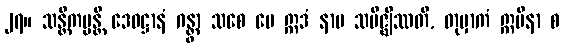
၂၇။ သန္တိကမ္မန္တိ ဒေဝဋ္ဌာနံ ဂန္တွာ သစေ မေ ဣဒံ နာမ သမိဇ္ဈိဿတိ, တုမှာကံ ဣမိနာ စ